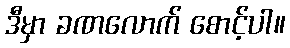
ဒီမှာ ခဏလောက် စောင့်ပါ။